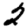
Digit: 2